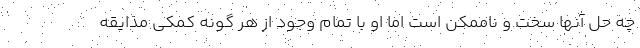
چه حل آنها سخت و ناممکن است اما او با تمام وجود از هر گونه کمکی مذایقه